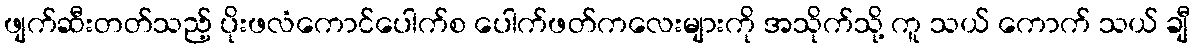
ဖျက်ဆီးတတ်သည့် ပိုးဖလံကောင်ပေါက်စ ပေါက်ဖတ်ကလေးများကို အသိုက်သို့ ကူ သယ် ကောက် သယ် ချီ